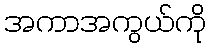
အကာအကွယ်ကို